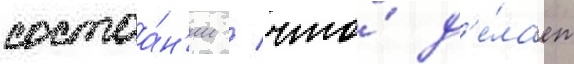
состоа́н'ии / что́ д'е́лает